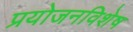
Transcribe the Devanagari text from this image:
प्रयोजनविशेष